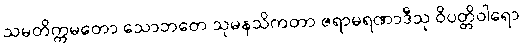
သမတိက္ကမတော သောဘတေ သုမနသိကတာ ဇရာမရဏာဒီသု ဝိပတ္တိဝါရော